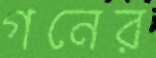
গনের